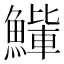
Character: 𫙰